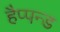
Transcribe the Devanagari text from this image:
हैप्पन्ड